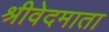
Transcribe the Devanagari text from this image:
श्रीवेदमाता